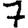
Digit: 7